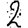
Digit: 2